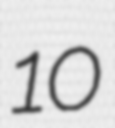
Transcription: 10